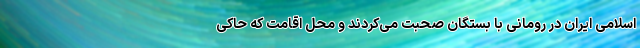
اسلامی ایران در رومانی با بستگان صحبت می‌کردند و محل اقامت که حاکی